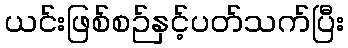
ယင်းဖြစ်စဉ်နှင့်ပတ်သက်ပြီး